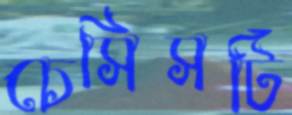
চেসিসটি